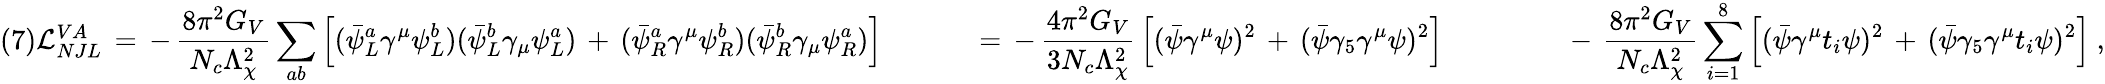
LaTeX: (7)\begin{array}{ll}{{{\cal L}_{NJL}^{VA}\, =\, -\, \displaystyle{{\frac{8\pi^{2}G_{V}}{N_{c}\Lambda_{\chi}^{2}}}\sum_{ab}\left[({\bar{\psi}}_{L}^{a}\gamma^{\mu}\psi_{L}^{b})({\bar{\psi}}_{L}^{b}\gamma_{\mu}\psi_{L}^{a})\, +\, ({\bar{\psi}}_{R}^{a}\gamma^{\mu}\psi_{R}^{b})({\bar{\psi}}_{R}^{b}\gamma_{\mu}\psi_{R}^{a})\right]}~\ \; \; \; \; \; \; \; \; \; \, =\, -\, \displaystyle{\frac{4\pi^{2}G_{V}}{3N_{c}\Lambda_{\chi}^{2}}}\left[({\bar{\psi}}\gamma^{\mu}\psi)^{2}\, +\, ({\bar{\psi}}\gamma_{5}\gamma^{\mu}\psi)^{2}\right]~\ \; \; \; \; \; \; \; \; \; \; \; \; \; \, -\, \displaystyle{{\frac{8\pi^{2}G_{V}}{N_{c}\Lambda_{\chi}^{2}}}\sum_{i=1}^{8}\left[({\bar{\psi}}\gamma^{\mu}t_{i}\psi)^{2}\, +\, ({\bar{\psi}}\gamma_{5}\gamma^{\mu}t_{i}\psi)^{2}\right]}~,}}\end{array}